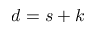
d = s + k